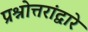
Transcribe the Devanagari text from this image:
प्रश्नोत्तरांद्वारे